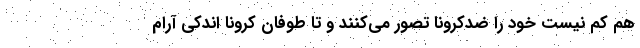
هم کم نیست خود را ضدکرونا تصور می‌کنند و تا طوفان کرونا اندکی آرام